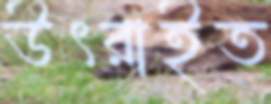
উৎরাইত